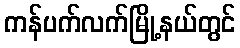
ကန်ပက်လက်မြို့နယ်တွင်